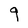
Character: q